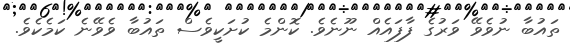
ތައުބާ ނުވެވޭ ވަރުގެ ފާފައެއް ނޫނެވެ. ކޮންމެ ކުށަކީވެސް ތައުބާ ވެވޭނެ ކަމެކެވެ.